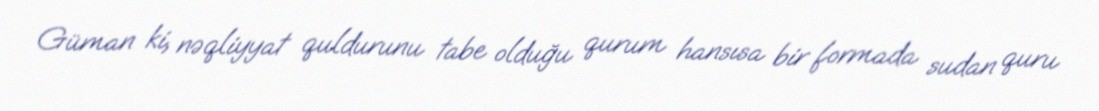
Güman ki, nəqliyyat quldurunu tabe olduğu qurum hansısa bir formada sudan quru